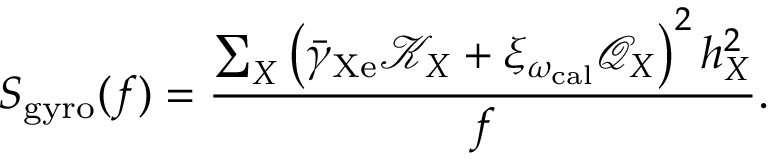
S _ { \mathrm { g y r o } } ( f ) = \frac { \sum _ { X } \left( \bar { \gamma } _ { \mathrm { X e } } \mathcal { K } _ { X } + \xi _ { \omega _ { \mathrm { c a l } } } \mathcal { Q } _ { X } \right) ^ { 2 } h _ { X } ^ { 2 } } { f } .